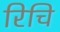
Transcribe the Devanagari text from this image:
रिचि